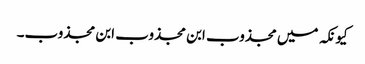
کیونکہ میں مجذوب ابن مجذوب ابن مجذوب۔